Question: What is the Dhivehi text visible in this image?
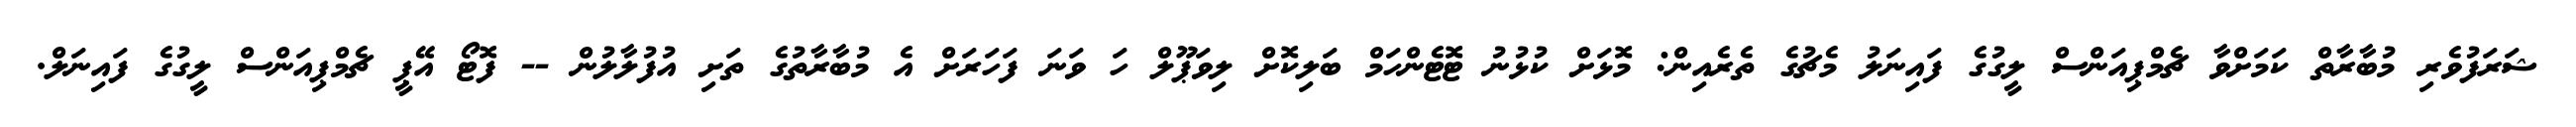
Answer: ޝަރަފުވެރި މުބާރާތް ކަމަށްވާ ޗެމްޕިއަންސް ލީގުގެ ފައިނަލު މެޗުގެ ތެރެއިން: މޮޅަށް ކުޅުނު ޓޮޓެންހަމް ބަލިކޮށް ލިވަޕޫލް ހަ ވަނަ ފަހަރަށް އެ މުބާރާތުގެ ތަށި އުފުލާލުން -- ފޮޓޯ އޭޕީ ޗެމްޕިއަންސް ލީގުގެ ފައިނަލް.